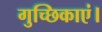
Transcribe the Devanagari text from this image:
गुच्छिकाएं।